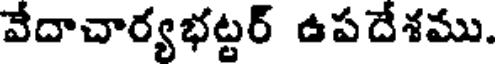
వేదాచార్యభట్టర్ ఉపదేశము.